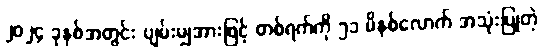
၂၀၂၄ ခုနှစ်အတွင်း ပျမ်းမျှအားဖြင့် တစ်ရက်ကို ၅၁ မိနစ်လောက် အသုံးပြုတဲ့